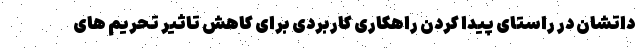
داتشان در راستای پیدا کردن راهکاری کاربردی برای کاهش تاثیر تحریم های